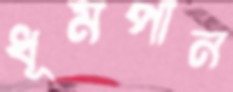
ধূমপান